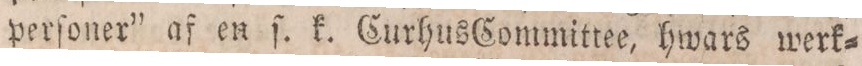
perſoner” af en ſ. k. CurhusCommittee, hwars werk=